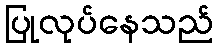
ပြုလုပ်နေသည်